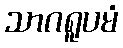
သာဂရူပမံ